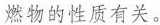
燃物的性质有关。